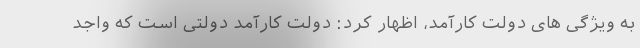
به ویژگی های دولت کارآمد، اظهار کرد: دولت کارآمد دولتی است که واجد